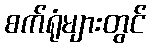
စက်ရုံများတွင်